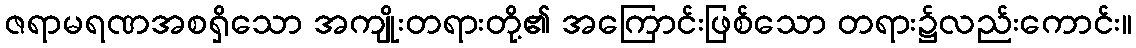
ဇရာမရဏအစရှိသော အကျိုးတရားတို့၏ အကြောင်းဖြစ်သော တရား၌လည်းကောင်း။